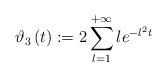
LaTeX: \begin{align*}\vartheta _{3}\left( t\right) :=2\sum\limits_{l=1}^{+\infty }le^{-l^{2}t} \end{align*}